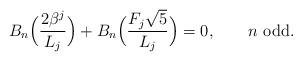
LaTeX: \begin{align*}B_n \Big(\frac{2\beta ^j }{L_j }\Big) + B_n \Big(\frac{F_j \sqrt 5 } {L_j }\Big) = 0,\qquad\mbox{$n$ odd}.\end{align*}